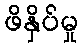
ဖိနှိပ်မှု